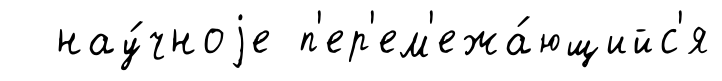
нау́чноjе п'ер'ем'ежа́ющийс'я